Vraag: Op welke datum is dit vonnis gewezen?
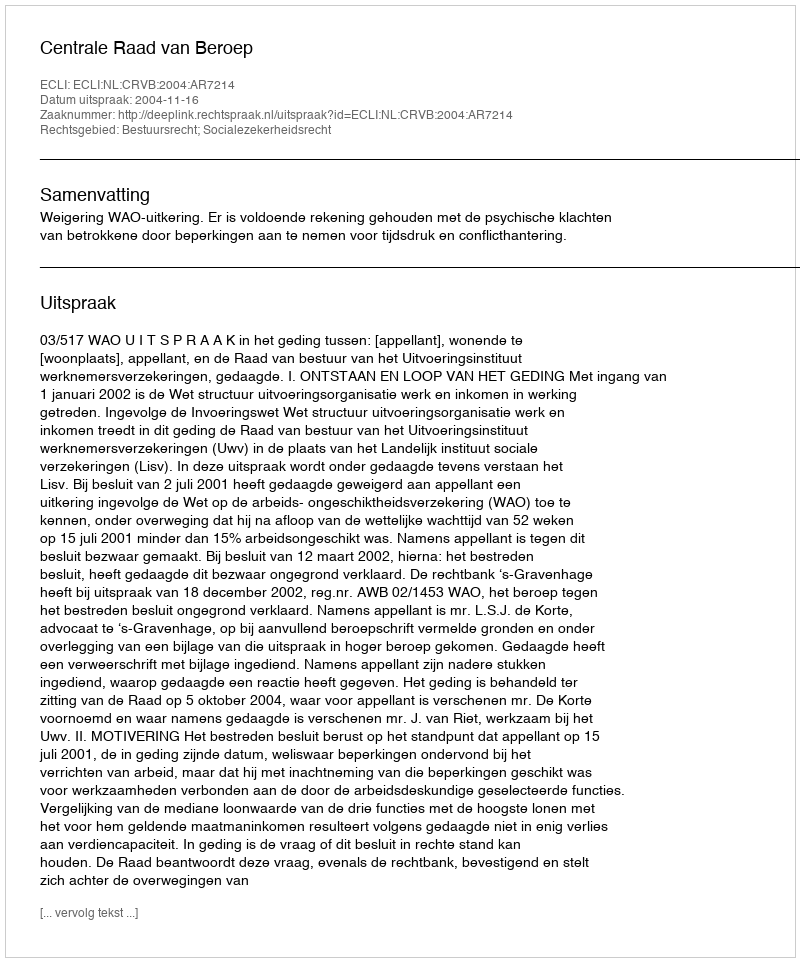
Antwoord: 2004-11-16